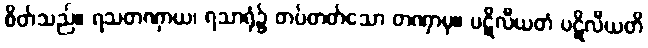
စိတ်သည်။ ရသတဏှာယ၊ ရသာရုံ၌ တပ်တတ်သော တဏှာမှ။ ပဋိလီယတံ ပဋိလီယတိ